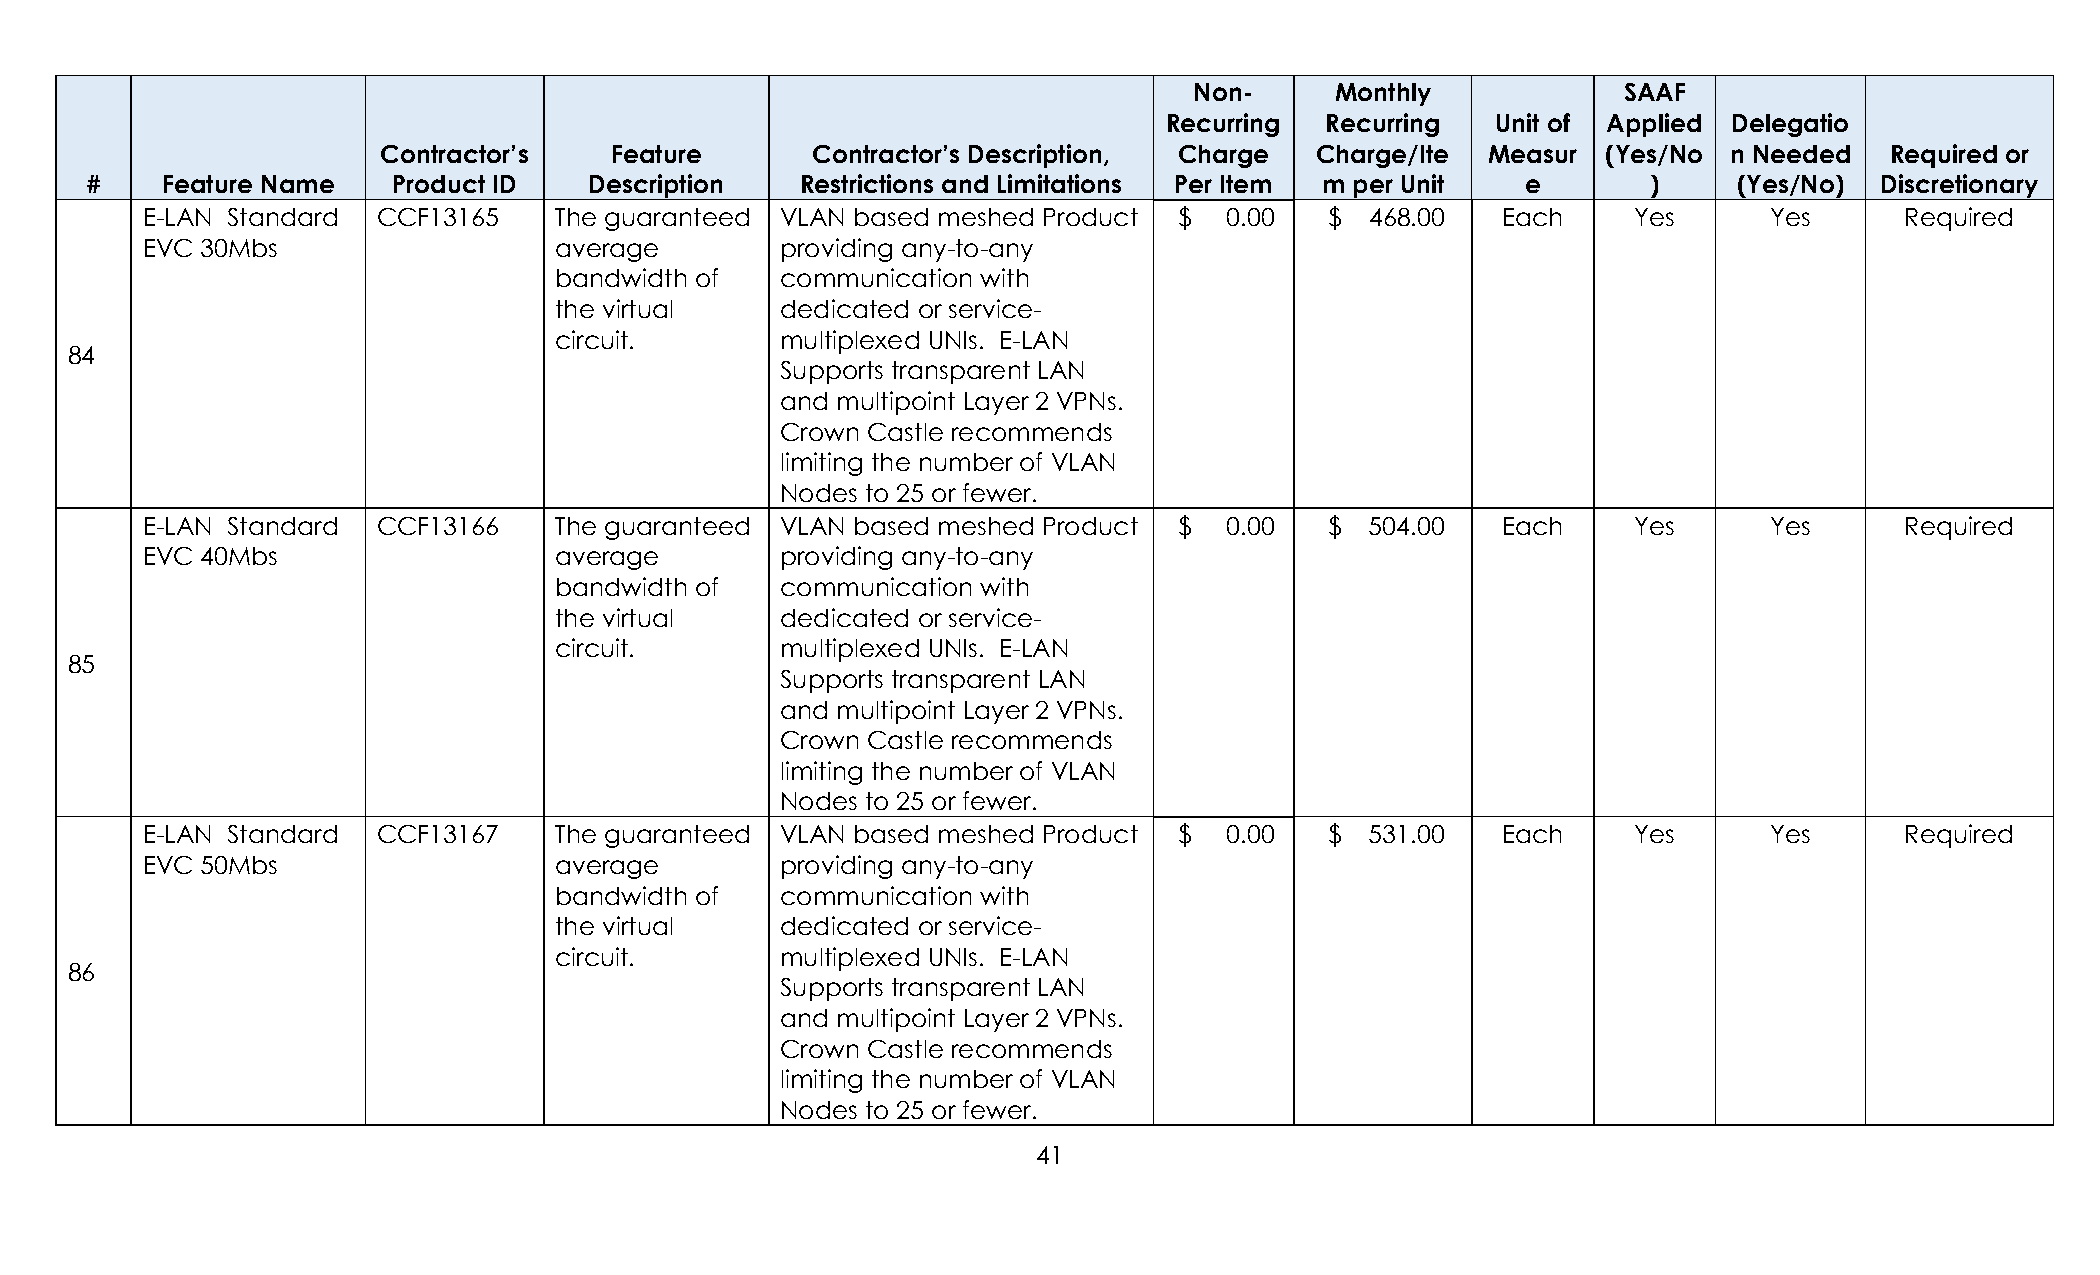
Non-     Monthly            SAAF
 Recurring  Recurring  Unit of Applied Delegatio
 Contractor’s   Feature       Contractor’s Description, Charge Charge/Ite  Measur (Yes/No  n Needed  Required or
 #    Feature Name   Product ID   Description   Restrictions and Limitations Per Item m per Unit e      )     (Yes/No) Discretionary
 E-LAN Standard  CCF13165    The guaranteed VLAN based meshed Product $  0.00   $  468.00  Each     Yes      Yes      Required
 EVC 30Mbs                   average        providing any-to-any
 bandwidth of   communication with
 the virtual    dedicated or service-
 circuit.       multiplexed UNIs. E-LAN
 84
 Supports transparent LAN
 and multipoint Layer 2 VPNs.
 Crown Castle recommends
 limiting the number of VLAN
 Nodes to 25 or fewer.
 E-LAN Standard  CCF13166    The guaranteed VLAN based meshed Product $  0.00   $  504.00  Each     Yes      Yes      Required
 EVC 40Mbs                   average        providing any-to-any
 bandwidth of   communication with
 the virtual    dedicated or service-
 circuit.       multiplexed UNIs. E-LAN
 85
 Supports transparent LAN
 and multipoint Layer 2 VPNs.
 Crown Castle recommends
 limiting the number of VLAN
 Nodes to 25 or fewer.
 E-LAN Standard  CCF13167    The guaranteed VLAN based meshed Product $  0.00   $  531.00  Each     Yes      Yes      Required
 EVC 50Mbs                   average        providing any-to-any
 bandwidth of   communication with
 the virtual    dedicated or service-
 circuit.       multiplexed UNIs. E-LAN
 86
 Supports transparent LAN
 and multipoint Layer 2 VPNs.
 Crown Castle recommends
 limiting the number of VLAN
 Nodes to 25 or fewer.
 41